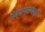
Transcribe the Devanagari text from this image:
लब्धप्रणाशम